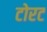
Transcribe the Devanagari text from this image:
टोरट